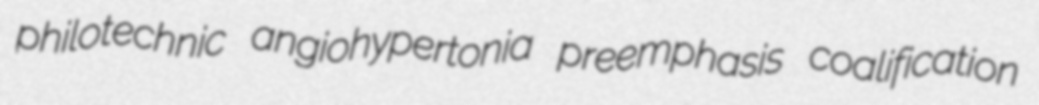
philotechnic angiohypertonia preemphasis coalification